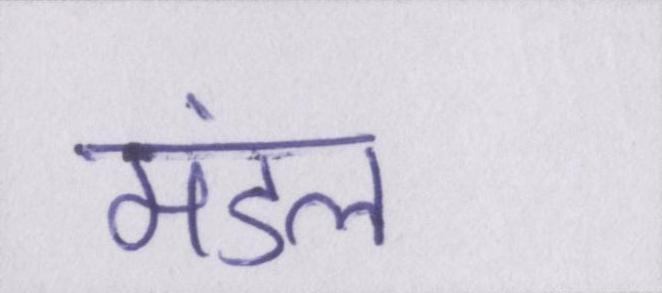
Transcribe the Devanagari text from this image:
मंडल